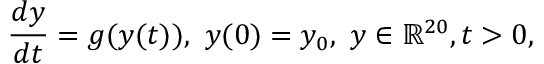
\frac { d y } { d t } = g ( y ( t ) ) , ~ y ( 0 ) = y _ { 0 } , ~ y \in \mathbb { R } ^ { 2 0 } , t > 0 ,